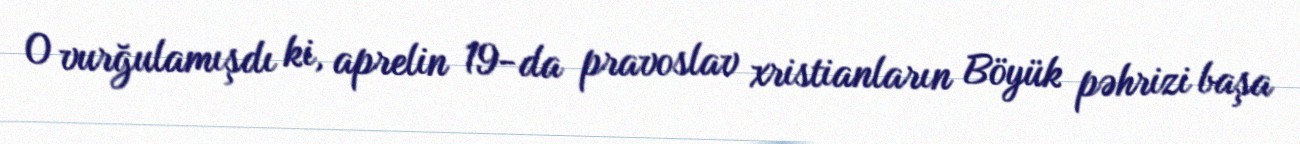
O vurğulamışdı ki, aprelin 19-da pravoslav xristianların Böyük pəhrizi başa